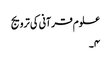
علوم قرآنی کی ترویج
۴۔